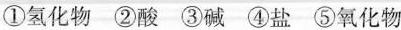
①氢化物 ②酸 ③碱 ④盐 ⑤氧化物